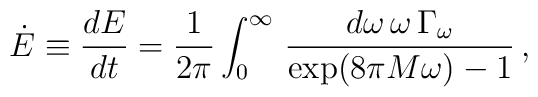
\dot{E}\equiv {dE\over dt}={1\over 2\pi}\int_{0}^{\infty}\,{d\omega \, \omega\,\Gamma_{\omega}\over \exp(8\pi M\omega)-1}\, ,